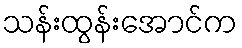
သန်းထွန်းအောင်က